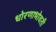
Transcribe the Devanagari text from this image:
धोरणाभोवती